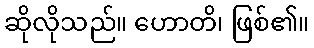
ဆိုလိုသည်။ ဟောတိ၊ ဖြစ်၏။